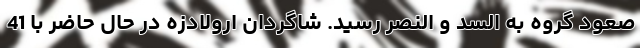
صعود گروه به السد و النصر رسید. شاگردان ارولادزه در حال حاضر با 41